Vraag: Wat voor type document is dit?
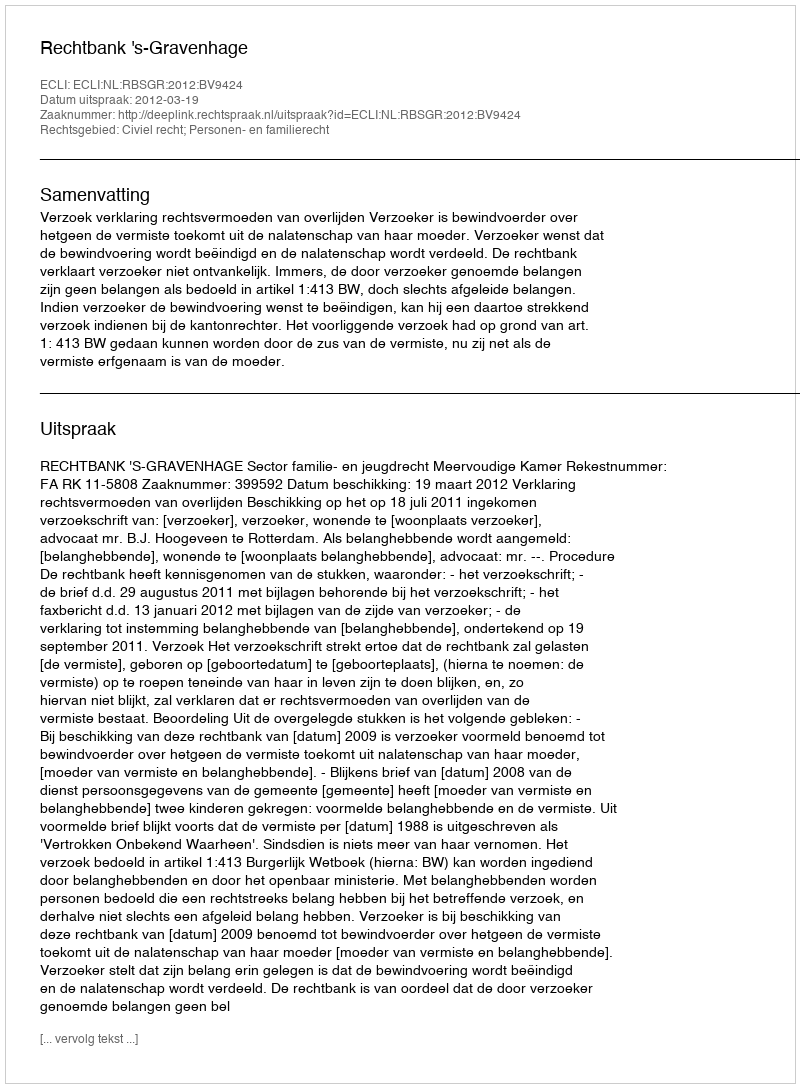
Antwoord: Uitspraak